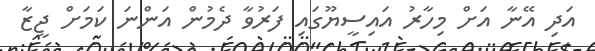
އަދި އޭނާ އަށް މިހާރު އައިސީޔޫގައި ފަރުވާ ދެމުން އަންނަ ކަމަށް ޖީޒާ